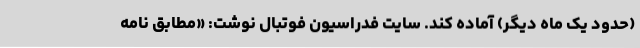
(حدود یک ماه دیگر) آماده کند. سایت فدراسیون فوتبال نوشت: «مطابق نامه